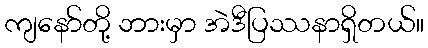
ကျနော်တို့ ဘားမှာ အဲဒီပြဿနာရှိတယ်။